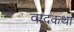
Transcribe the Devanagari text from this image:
वादकथा